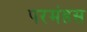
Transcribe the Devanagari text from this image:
परमंहस